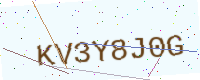
Text: KV3Y8J0G